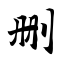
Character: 删